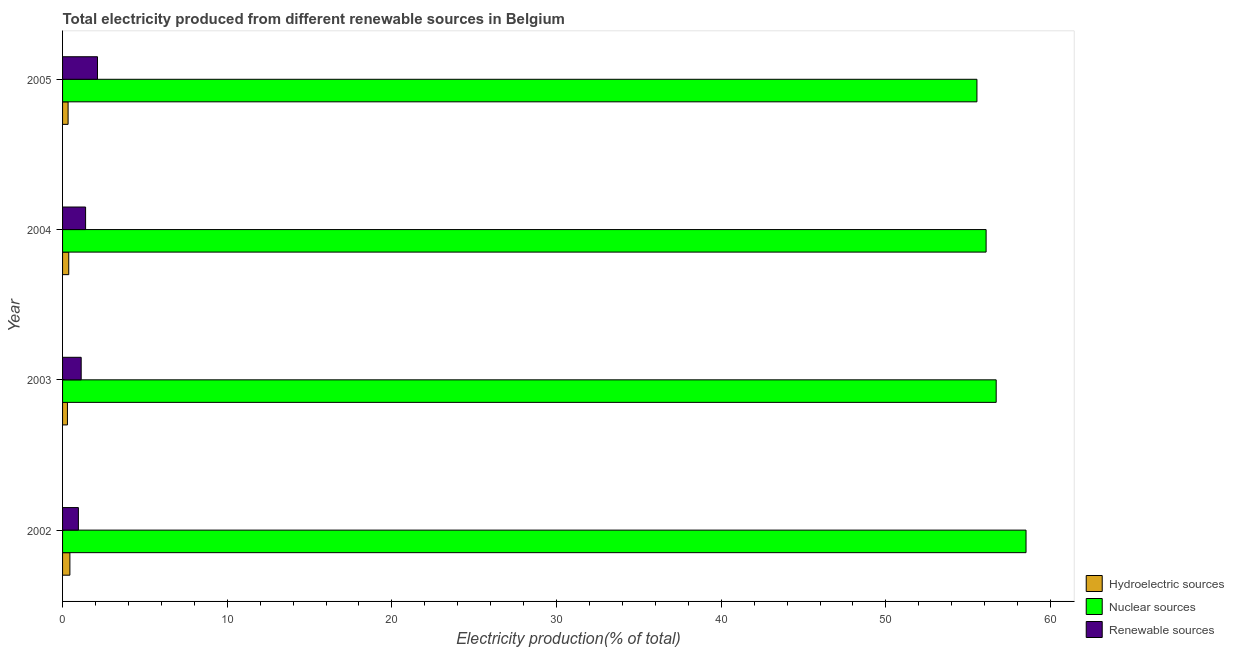
| Year | Hydroelectric sources | Nuclear sources | Renewable sources |
 | --- | --- | --- | --- |
 | 2002 | 0.445 | 58.5 | 0.961 |
 | 2003 | 0.296 | 56.7 | 1.13 |
 | 2004 | 0.376 | 56.1 | 1.4 |
 | 2005 | 0.336 | 55.5 | 2.12 |